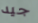
جيد